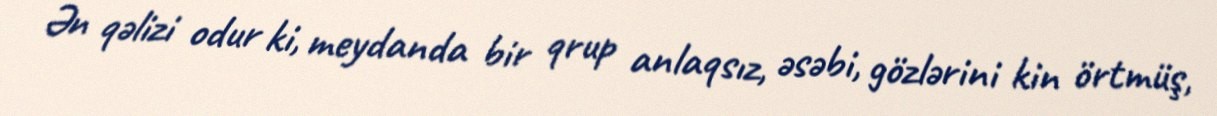
Ən qəlizi odur ki, meydanda bir qrup anlaqsız, əsəbi, gözlərini kin örtmüş,